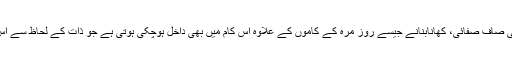
سات آٹھ سال کی بچی گھر کی صاف صفائی، کھانابنانے جیسے روز مرہ کے کاموں کے علاوہ اس کام میں بھی داخل ہوچکی ہوتی ہے جو ذات کے لحاظ سے اس کے خاندان میں ہوتا آیا ہے۔